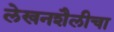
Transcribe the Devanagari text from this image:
लेखनशैलीचा